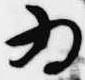
為